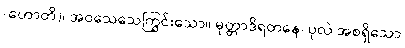
(ဟောတိ)၊ အဝသေသေကြွင်းသော။ မုတ္တာဒိရတနေ၊ ပုလဲ အစရှိသော